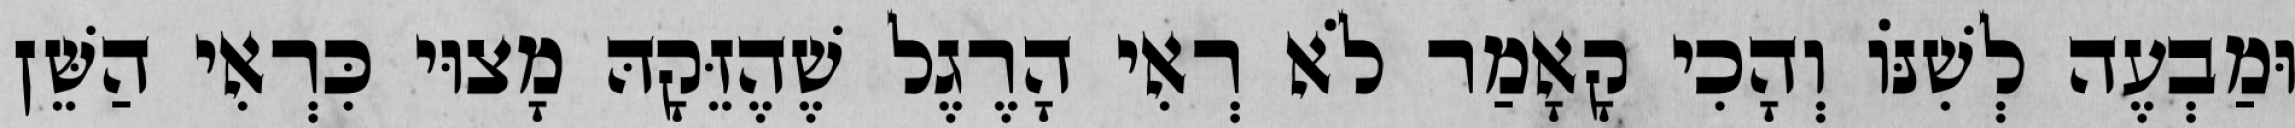
וּמַבְעֶה לְשִׁנּוֹ וְהָכִי קָאָמַר לֹא רְאִי הָרֶגֶל שֶׁהֶזֵּקָהּ מָצוּי כִּרְאִי הַשֵּׁן